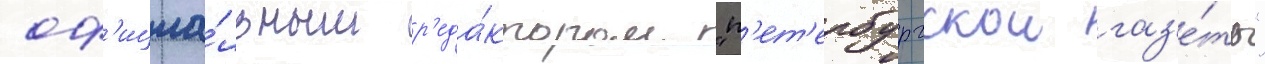
оф'ициа́льным р'еда́ктором "п'ет'ербургскои газ'е́ты"